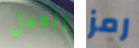
العمل رمز